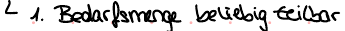
1. Bedarfsmenge beliebig teilbar